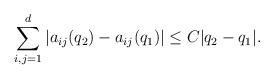
LaTeX: \begin{align*}\sum_{i,j=1}^{d}|a_{ij}(q_2)-a_{ij}(q_1)|\le C|q_2-q_1|.\end{align*}